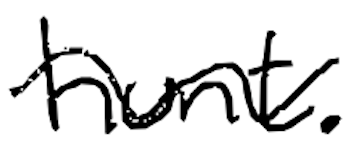
Text: hunt.
Cross-out: wave
Writing tool: digital_black